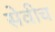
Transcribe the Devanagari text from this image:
सेवीच